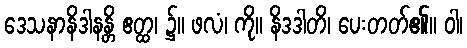
ဒေသနာနိဒါနန္တိ ဧတ္ထ၊ ၌။ ဖလံ၊ ကို။ နိဒဒါတိ၊ ပေးတတ်၏။ ဝါ၊